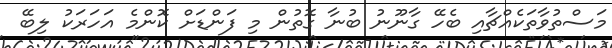
މަސްތުވާތަކެއްޗާއި ބެހޭ ގާނޫނު ބުނާ ގޮތުން މި ފަންޑަށް ކޮންމެ އަހަރަކު ލިބޭ